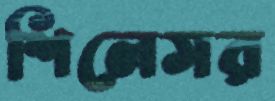
শিলেসর